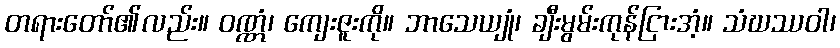
တရားတော်၏လည်း။ ဝဏ္ဏံ၊ ကျေးဇူးကို။ ဘာသေယျုံ၊ ချီးမွမ်းကုန်ငြားအံ့။ သံဃဿဝါ၊